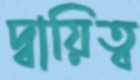
দ্বায়িত্ব